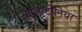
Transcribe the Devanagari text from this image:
राइजोटोनिया